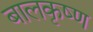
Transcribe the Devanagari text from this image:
बालकृष्‍ण